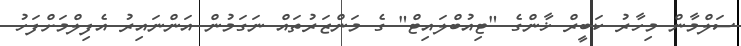
ސަލްމާން މިހާރު ކަބީރް ޚާންގެ "ޓިއުބްލައިޓް" ގެ މަންޒަރުތައް ނަގަމުން އަންނައިރު އެފިލްމަށްފަހު